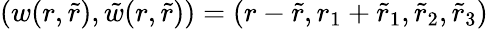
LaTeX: (w(r,\tilde{r}),\tilde{w}(r,\tilde{r}))=(r-\tilde{r},r_{1}+\tilde{r}_{1},\tilde{r}_{2},\tilde{r}_{3})